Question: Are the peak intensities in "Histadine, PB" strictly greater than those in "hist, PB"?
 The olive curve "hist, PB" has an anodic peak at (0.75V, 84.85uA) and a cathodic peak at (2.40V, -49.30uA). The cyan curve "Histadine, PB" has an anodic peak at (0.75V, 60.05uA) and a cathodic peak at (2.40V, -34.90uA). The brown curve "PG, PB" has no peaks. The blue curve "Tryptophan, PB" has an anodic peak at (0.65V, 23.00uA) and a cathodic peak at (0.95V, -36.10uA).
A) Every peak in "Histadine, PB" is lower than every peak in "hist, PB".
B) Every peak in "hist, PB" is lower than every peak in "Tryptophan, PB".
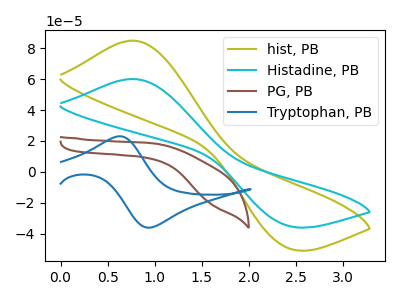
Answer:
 <answer>A) Every peak in "Histadine, PB" is lower than every peak in "hist, PB".</answer>
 <eval>A</eval>